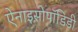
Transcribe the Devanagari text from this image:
ऐनाइसोपॉडिडी